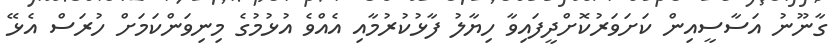
ގާނޫނު އަސާސީއިން ކަށަވަރުކޮށްދީފައިވާ ހިޔާލު ފާޅުކުރުމާއި އެއްވެ އުޅުމުގެ މިނިވަންކަމަށް ހުރަސް އެޅޭ